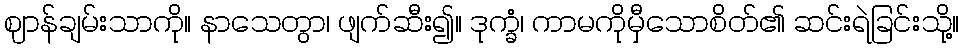
ဈာန်ချမ်းသာကို။ နာသေတွာ၊ ဖျက်ဆီး၍။ ဒုက္ခံ၊ ကာမကိုမှီသောစိတ်၏ ဆင်းရဲခြင်းသို့။